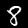
Label: 8